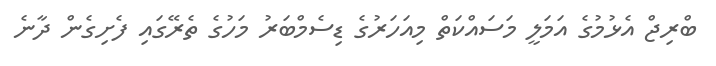
ބްރިޖް އެޅުމުގެ އަމަލީ މަސައްކަތް މިއަހަރުގެ ޑިސެމްބަރު މަހުގެ ތެރޭގައި ފެށިގެން ދާނެ